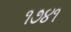
૧૭૪૧